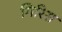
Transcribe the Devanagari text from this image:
गिरिस